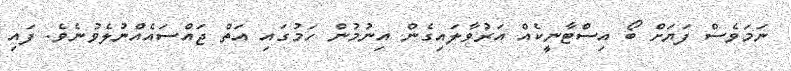
ނަމަވެސް ފަޔަށް ބޯ އިސްޓާނީކެއް އަރުވާލައިގެން އިނުމުން ހަމުގައި އަތް ޖައްސައެއްނުލެވުނެވެ. ފައި